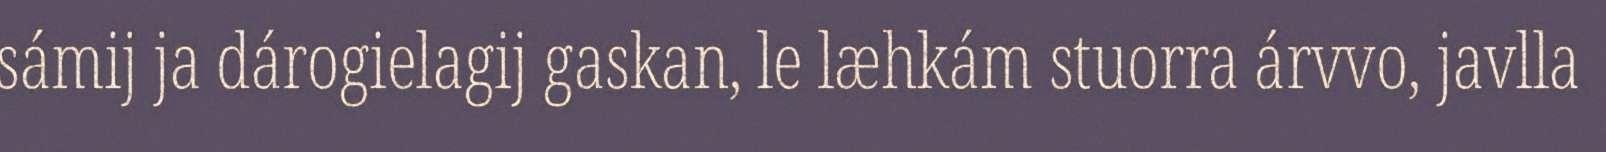
sámij ja dárogielagij gaskan, le læhkám stuorra árvvo, javlla